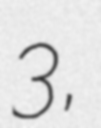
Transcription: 3,